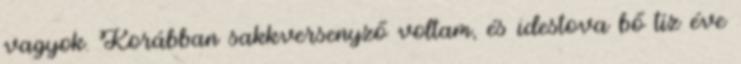
vagyok. Korábban sakkversenyző voltam, és idestova bő tíz éve